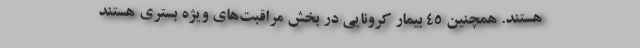
هستند. همچنین ۴۵ بیمار کرونایی در بخش مراقبت‌های ویژه بستری هستند